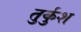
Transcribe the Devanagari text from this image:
तुर्कुश